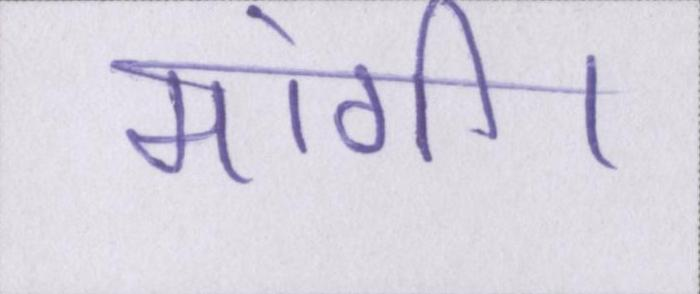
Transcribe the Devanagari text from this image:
मांगी।